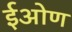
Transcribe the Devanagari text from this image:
ईओण